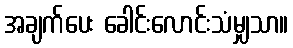
အချက်ပေး ခေါင်းလောင်းသံမျှသာ။